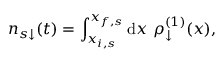
n _ { s \downarrow } ( t ) = \int _ { x _ { i , s } } ^ { x _ { f , s } } \mathrm { d } x ~ \rho _ { \downarrow } ^ { ( 1 ) } ( x ) ,